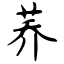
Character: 荞